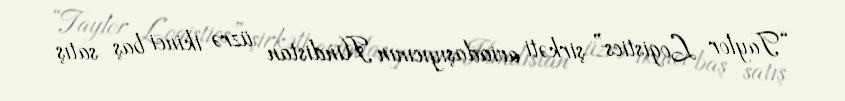
“Taylor Logistics” şirkəti aviadaşıyıcının Hindistan üzrə ikinci baş satış